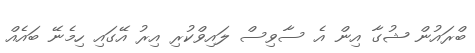
ބްރައުން ޝުގާ އިން އެ ސާވިސް ލައިވްކުރި އިރު އޭގައި ހިމެނޭ ބައެއް